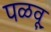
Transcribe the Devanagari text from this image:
पळवू